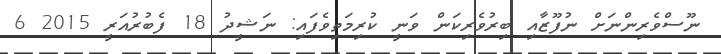
ނޫސްވެރިންނަށް ނުފޫޒާއި ބިރުވެރިކަން ވަނީ ކުރިމަތިވެފައި: ނަޝީދު 18 ފެބުރުއަރީ 2015 6